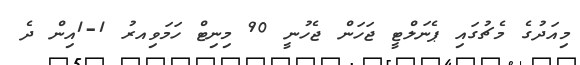
މިއަދުގެ މެޗުގައި ޕެނަލްޓީ ޖަހަން ޖެހުނީ 90 މިނިޓް ހަމަވިއރު 1-1އިން ދެ